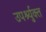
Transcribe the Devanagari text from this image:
उपर्श्युक्त